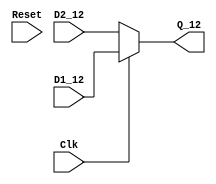
//  ***************************************************************************
//  **  Copyright(C) 2008 by Xilinx, Inc. All rights reserved.               **
//  **                                                                       **
//  **  This text contains proprietary, confidential                         **
//  **  information of Xilinx, Inc. , is distributed by                      **
//  **  under license from Xilinx, Inc., and may be used,                    **
//  **  copied and/or disclosed only pursuant to the terms                   **
//  **  of a valid license agreement with Xilinx, Inc.                       **
//  **                                                                       **
//  **  Unmodified source code is guaranteed to place and route,             **
//  **  function and run at speed according to the datasheet                 **
//  **  specification. Source code is provided "as-is", with no              **
//  **  obligation on the part of Xilinx to provide support.                 **
//  **                                                                       **
//  **  Xilinx Hotline support of source code IP shall only include          **
//  **  standard level Xilinx Hotline support, and will only address         **
//  **  issues and questions related to the standard released Netlist        **
//  **  version of the core (and thus indirectly, the original core source). **
//  **                                                                       **
//  **  The Xilinx Support Hotline does not have access to source            **
//  **  code and therefore cannot answer specific questions related          **
//  **  to source HDL. The Xilinx Support Hotline will only be able          **
//  **  to confirm the problem in the Netlist version of the core.           **
//  **                                                                       **
//  **  This copyright and support notice must be retained as part           **
//  **  of this text at all times.                                           **
//  ***************************************************************************

///////////////////////////////////////////////////////////////////////////////
// Module Declaration
///////////////////////////////////////////////////////////////////////////////
 `timescale 1 ps / 1 ps
module oddr_12( 
  Clk,                          // Clock input
  Reset,                      // Reset input
  D1_12,                        
  D2_12,                        
  Q_12
  );

input  Clk;
input  Reset;
input [11:0] D1_12;
input [11:0] D2_12;
output [11:0] Q_12;

assign Q_12=Clk?D1_12:D2_12;
/*
ODDR #(
	.DDR_CLK_EDGE("SAME_EDGE"),
	.INIT(1'b0),
	.SRTYPE("SYNC")
) oddr_inst_0 (
	.Q(Q_12[0]),
	.C(Clk),
	.CE(1'b1),
	.D1(D1_12[0]),
	.D2(D2_12[0]),
	.R(Reset),
	.S(1'b0)
);

ODDR #(
	.DDR_CLK_EDGE("SAME_EDGE"),
	.INIT(1'b0),
	.SRTYPE("SYNC")
) oddr_inst_1 (
	.Q(Q_12[1]),
	.C(Clk),
	.CE(1'b1),
	.D1(D1_12[1]),
	.D2(D2_12[1]),
	.R(Reset),
	.S(1'b0)
);

ODDR #(
	.DDR_CLK_EDGE("SAME_EDGE"),
	.INIT(1'b0),
	.SRTYPE("SYNC")
) oddr_inst_2 (
	.Q(Q_12[2]),
	.C(Clk),
	.CE(1'b1),
	.D1(D1_12[2]),
	.D2(D2_12[2]),
	.R(Reset),
	.S(1'b0)
);

ODDR #(
	.DDR_CLK_EDGE("SAME_EDGE"),
	.INIT(1'b0),
	.SRTYPE("SYNC")
) oddr_inst_3 (
	.Q(Q_12[3]),
	.C(Clk),
	.CE(1'b1),
	.D1(D1_12[3]),
	.D2(D2_12[3]),
	.R(Reset),
	.S(1'b0)
);

ODDR #(
	.DDR_CLK_EDGE("SAME_EDGE"),
	.INIT(1'b0),
	.SRTYPE("SYNC")
) oddr_inst_4 (
	.Q(Q_12[4]),
	.C(Clk),
	.CE(1'b1),
	.D1(D1_12[4]),
	.D2(D2_12[4]),
	.R(Reset),
	.S(1'b0)
);

ODDR #(
	.DDR_CLK_EDGE("SAME_EDGE"),
	.INIT(1'b0),
	.SRTYPE("SYNC")
) oddr_inst_5 (
	.Q(Q_12[5]),
	.C(Clk),
	.CE(1'b1),
	.D1(D1_12[5]),
	.D2(D2_12[5]),
	.R(Reset),
	.S(1'b0)
);

ODDR #(
	.DDR_CLK_EDGE("SAME_EDGE"),
	.INIT(1'b0),
	.SRTYPE("SYNC")
) oddr_inst_6 (
	.Q(Q_12[6]),
	.C(Clk),
	.CE(1'b1),
	.D1(D1_12[6]),
	.D2(D2_12[6]),
	.R(Reset),
	.S(1'b0)
);

ODDR #(
	.DDR_CLK_EDGE("SAME_EDGE"),
	.INIT(1'b0),
	.SRTYPE("SYNC")
) oddr_inst_7 (
	.Q(Q_12[7]),
	.C(Clk),
	.CE(1'b1),
	.D1(D1_12[7]),
	.D2(D2_12[7]),
	.R(Reset),
	.S(1'b0)
);

ODDR #(
	.DDR_CLK_EDGE("SAME_EDGE"),
	.INIT(1'b0),
	.SRTYPE("SYNC")
) oddr_inst_8 (
	.Q(Q_12[8]),
	.C(Clk),
	.CE(1'b1),
	.D1(D1_12[8]),
	.D2(D2_12[8]),
	.R(Reset),
	.S(1'b0)
);

ODDR #(
	.DDR_CLK_EDGE("SAME_EDGE"),
	.INIT(1'b0),
	.SRTYPE("SYNC")
) oddr_inst_9 (
	.Q(Q_12[9]),
	.C(Clk),
	.CE(1'b1),
	.D1(D1_12[9]),
	.D2(D2_12[9]),
	.R(Reset),
	.S(1'b0)
);
          
ODDR #(
	.DDR_CLK_EDGE("SAME_EDGE"),
	.INIT(1'b0),
	.SRTYPE("SYNC")
) oddr_inst_10 (
	.Q(Q_12[10]),
	.C(Clk),
	.CE(1'b1),
	.D1(D1_12[10]),
	.D2(D2_12[10]),
	.R(Reset),
	.S(1'b0)
);

ODDR #(
	.DDR_CLK_EDGE("SAME_EDGE"),
	.INIT(1'b0),
	.SRTYPE("SYNC")
) oddr_inst_11 (
	.Q(Q_12[11]),
	.C(Clk),
	.CE(1'b1),
	.D1(D1_12[11]),
	.D2(D2_12[11]),
	.R(Reset),
	.S(1'b0)
);
*/
endmodule